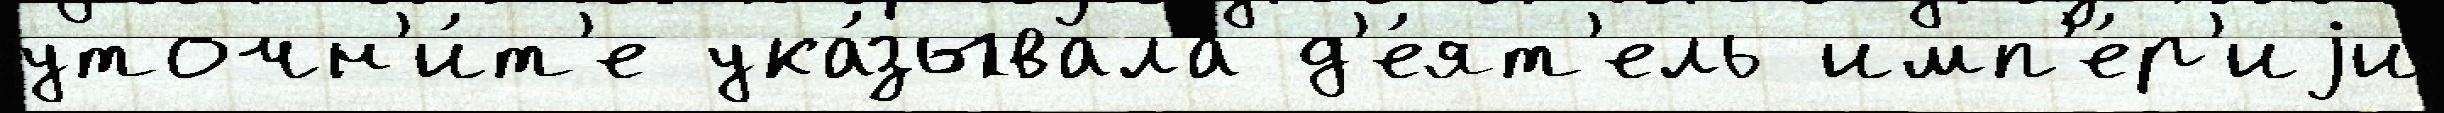
уточн'и́т'е ука́зывала д'е́ят'ель имп'е́р'иjи